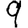
Digit: 9